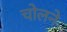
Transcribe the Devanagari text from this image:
चोलने